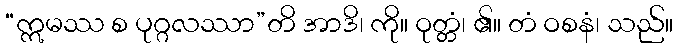
“ဣမဿ စ ပုဂ္ဂလဿာ”တိ အာဒိ၊ ကို။ ဝုတ္တံ၊ ၏။ တံ ဝစနံ၊ သည်။